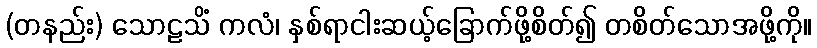
(တနည်း) သောဠသိံ ကလံ၊ နှစ်ရာငါးဆယ့်ခြောက်ဖို့စိတ်၍ တစိတ်သောအဖို့ကို။